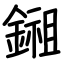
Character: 鎺